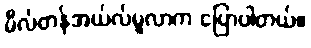
မီလ်တန်အယ်လ်မူလာက ပြောပါတယ်။